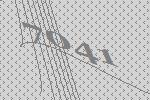
7041